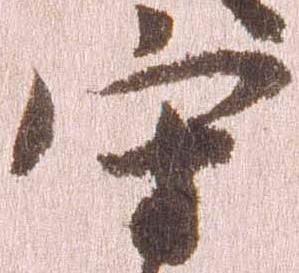
守